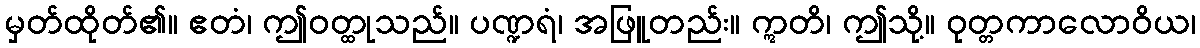
မှတ်ထိုတ်၏။ ဧတံ၊ ဤဝတ္ထုသည်။ ပဏ္ဍရံ၊ အဖြူတည်း။ ဣတိ၊ ဤသို့။ ဝုတ္တကာလောဝိယ၊